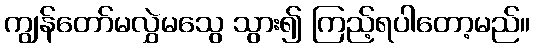
ကျွန်တော်မလွှဲမသွေ သွား၍ ကြည့်ရပါတော့မည်။